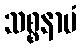
သစ္စနာမံ